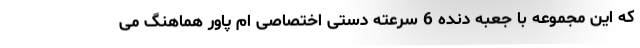
که این مجموعه با جعبه دنده 6 سرعته دستی اختصاصی ام پاور هماهنگ می